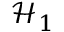
{ \mathcal { H } } _ { 1 }